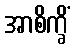
အာစိက္ခိံ